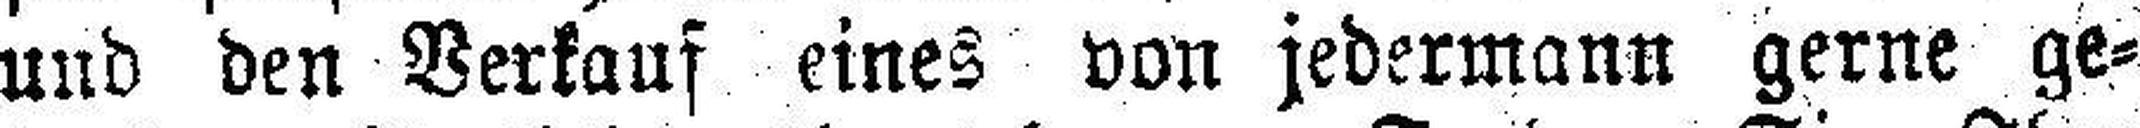
und den Verkauf eines von jedermann gerne ge¬